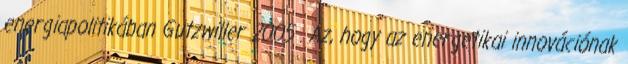
energiapolitikában Gutzwiller 2005 . Az, hogy az energetikai innovációnak